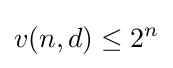
v(n,d)\leq 2^{n}